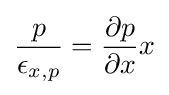
{\frac {p}{\epsilon _{x,p}}}={\frac {\partial p}{\partial x}}x